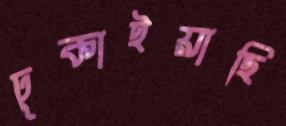
ঢুকাইয়াছি